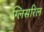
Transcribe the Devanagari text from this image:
ग्लिसरिल